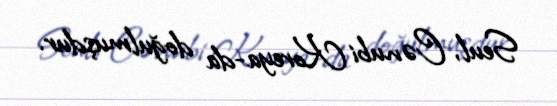
Seul, Cənubi Koreya-da doğulmuşdur.